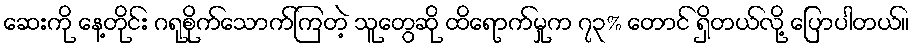
ဆေးကို နေ့တိုင်း ဂရုစိုက်သောက်ကြတဲ့ သူတွေဆို ထိရောက်မှုက ၇၃% တောင် ရှိတယ်လို့ ပြောပါတယ်။